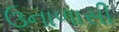
ઉનાળાસી